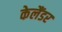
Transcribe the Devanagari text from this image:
केलैंडर